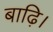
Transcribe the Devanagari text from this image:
बाढ़ि।